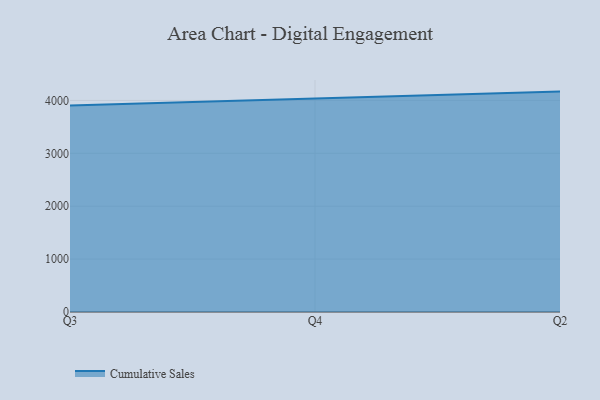
{"axis": {"x": "Quarter", "y": "Waste Production (Tons)"}, "legend": ["Cumulative Sales"], "data": [{"x": "Q3", "y": 3904.2, "type": "Cumulative Sales"}, {"x": "Q4", "y": 4034.8, "type": "Cumulative Sales"}, {"x": "Q2", "y": 4166.3, "type": "Cumulative Sales"}]}